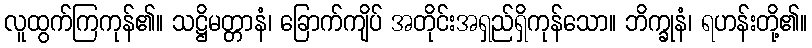
လူထွက်ကြကုန်၏။ သဋ္ဌိမတ္တာနံ၊ ခြောက်ကျိပ် အတိုင်းအရှည်ရှိကုန်သော။ ဘိက္ခုနံ၊ ရဟန်းတို့၏။